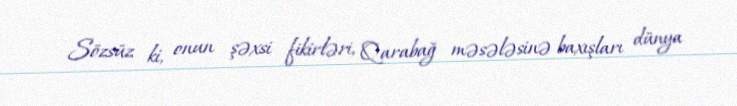
Sözsüz ki, onun şəxsi fikirləri, Qarabağ məsələsinə baxışları dünya